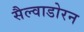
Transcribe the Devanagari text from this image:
सैल्वाडोरन